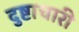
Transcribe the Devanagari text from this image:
दुष्टाचारी